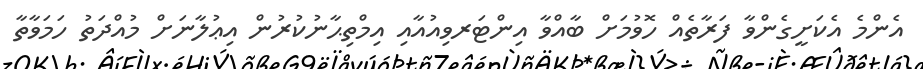
އެންމެ އެކަށީގެންވާ ފަރާތެއް ހޮވުމަށް ބާއްވާ އިންޓަރވިއުއާއި އިމްތިޙާނުކުރުން އިޢުލާނަށް މުއްދަތު ހަމަވާތާ